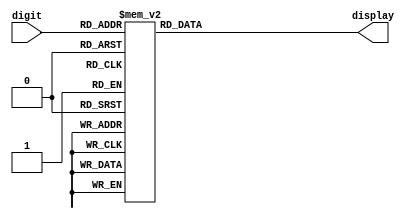
module seg7_digitsonly(
  input  [3:0] digit,
  output reg [6:0] display // Segments g through a, in that order
);

  always @(*) begin
    case (digit)
      4'd0 :   display = 7'b0111111;
      4'd1 :   display = 7'b0000110;
      4'd2 :   display = 7'b1011011;
      4'd3 :   display = 7'b1001111;
      4'd4 :   display = 7'b1100110;
      4'd5 :   display = 7'b1101101;
      4'd6 :   display = 7'b1111101;
      4'd7 :   display = 7'b0000111;
      4'd8 :   display = 7'b1111111;
      4'd9 :   display = 7'b1101111;
      default: display = 7'bxxxxxxx;
    endcase  
  end

endmodule